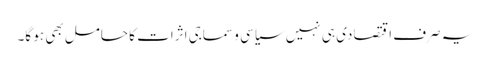
یہ صرف اقتصادی ہی نہیں سیاسی و سماجی اثرات کا حامل بھی ہو گا۔